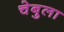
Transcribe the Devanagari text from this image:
चेबुला